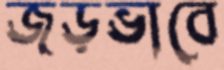
জড়ভাবে